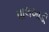
પાલખાડી